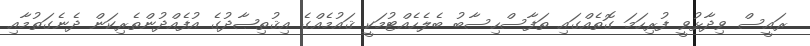
ރައީސް ވިދާޅުވީ ފުރިހަމަ ގޮތެއްގައި ތަފާސްހިސާބު ބެލެހެއްޓުމަކީ ޤައުމެއްގެ އިޤުތިޞާދުގެ އުފެއްދުންތެރިކަން ދެނެގަތުމާއި